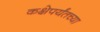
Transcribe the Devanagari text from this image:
कक्षेपर्यंतच्या